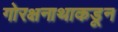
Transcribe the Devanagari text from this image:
गोरक्षनाथाकडून